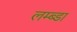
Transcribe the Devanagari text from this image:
लम्ब्डा